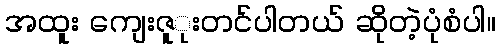
အထူး ကျေးဇူုးတင်ပါတယ် ဆိုတဲ့ပုံစံပါ။